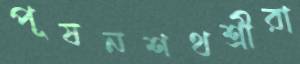
পূষনশথশ্রীরা